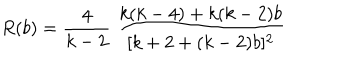
LaTeX: R ( b ) = \frac { 4 } { k - 2 } \; \frac { k ( k - 4 ) + k ( k - 2 ) b } { [ k + 2 + ( k - 2 ) b ] ^ { 2 } }